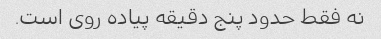
نه فقط حدود پنج دقیقه پیاده روی است.